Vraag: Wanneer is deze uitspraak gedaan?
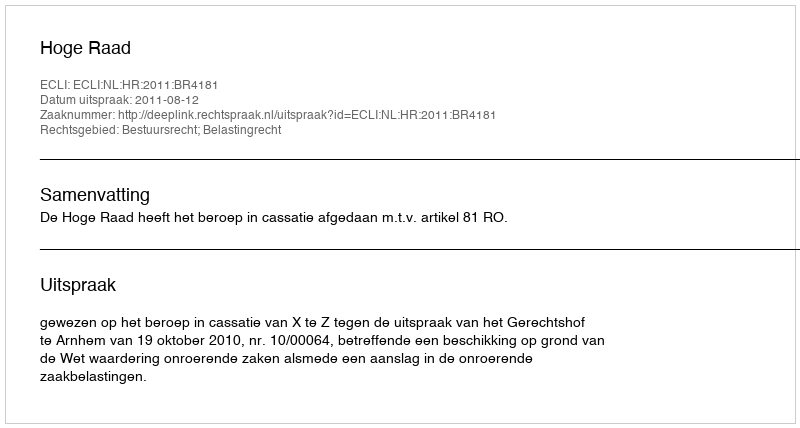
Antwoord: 2011-08-12